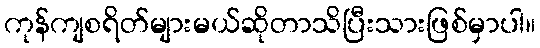
ကုန်ကျစရိတ်များမယ်ဆိုတာသိပြီးသားဖြစ်မှာပါ။